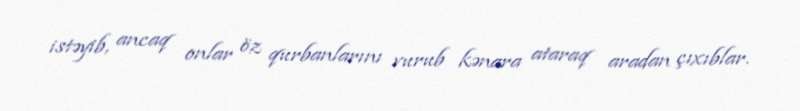
istəyib, ancaq onlar öz qurbanlarını vurub kənara ataraq aradan çıxıblar.